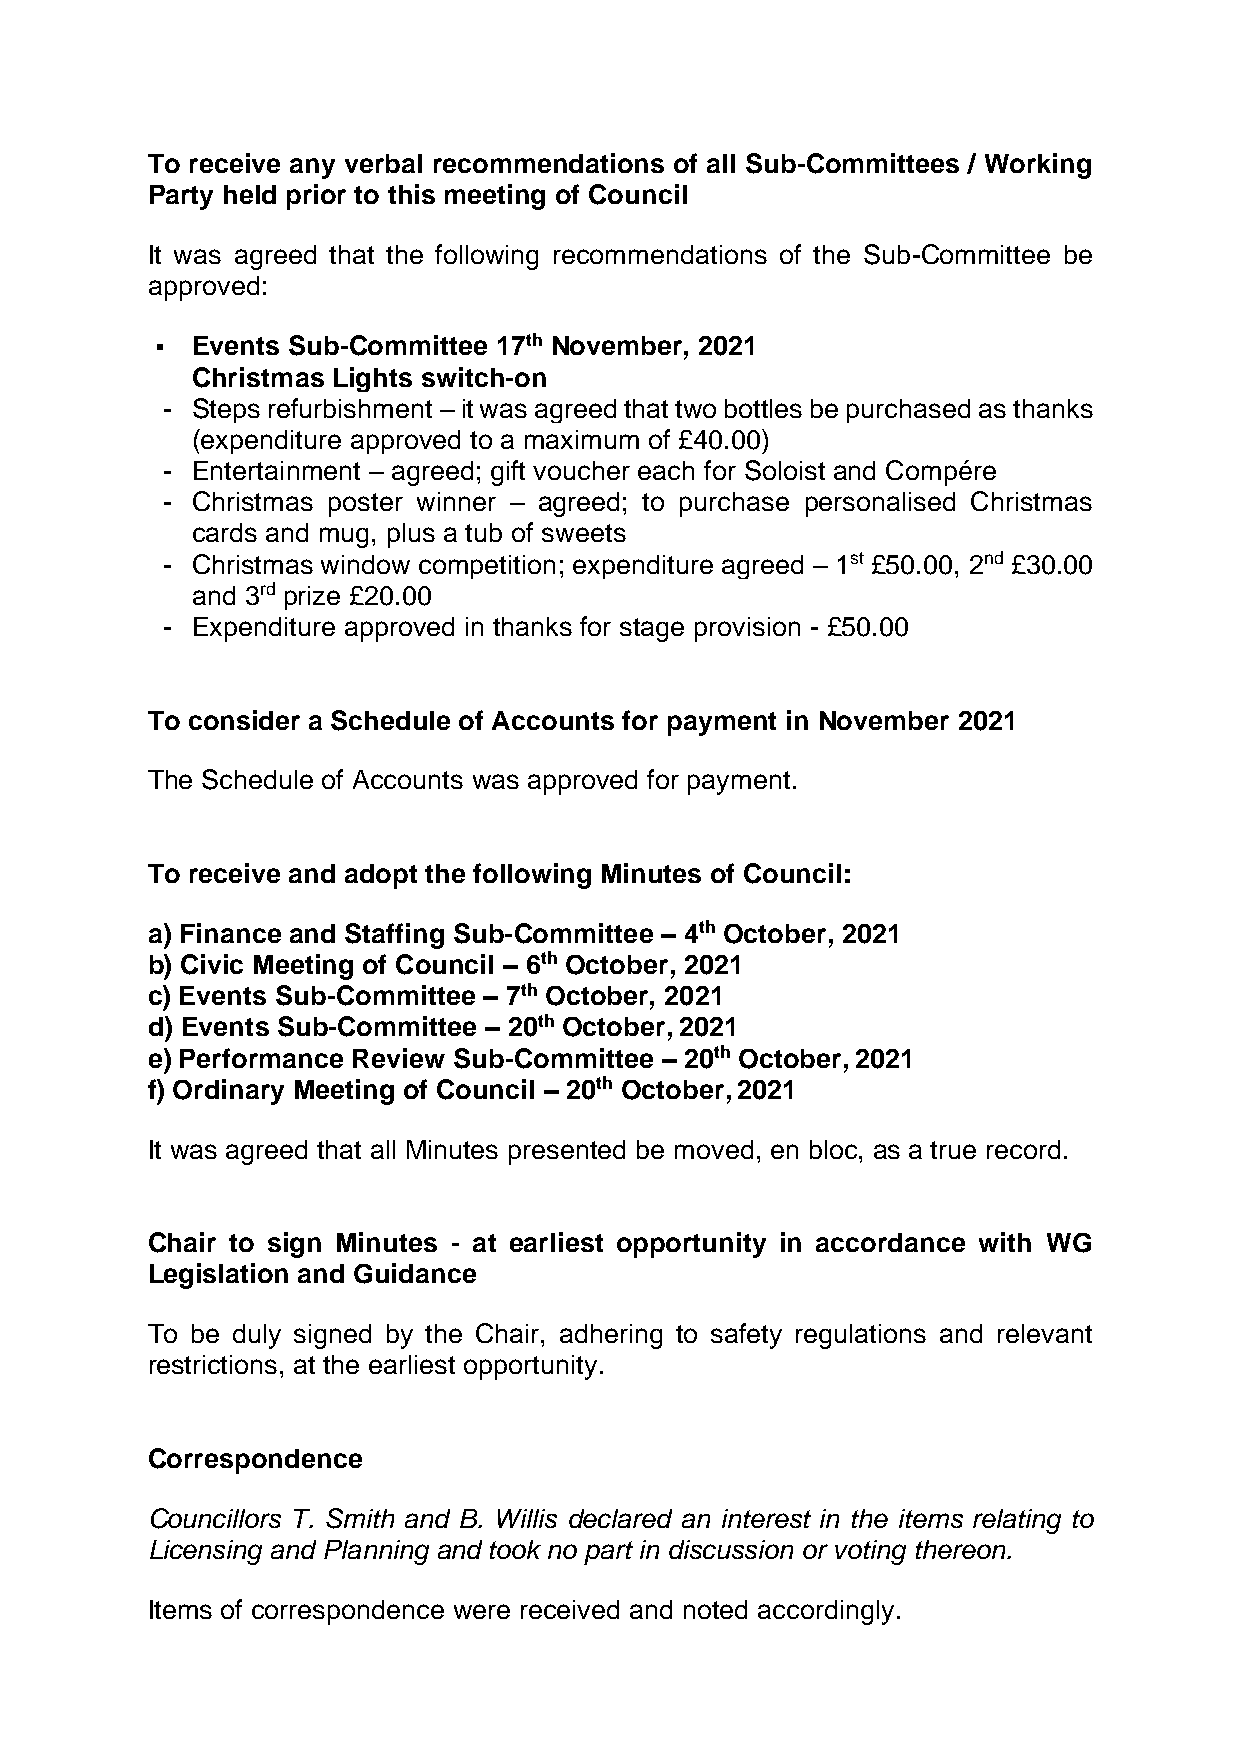
To receive any verbal recommendations of all Sub-Committees / Working
 Party held prior to this meeting of Council
 It was agreed that the following recommendations of the Sub-Committee be
 approved:
 ▪  Events Sub-Committee 17th November, 2021
 Christmas Lights switch-on
 - Steps refurbishment – it was agreed that two bottles be purchased as thanks
 (expenditure approved to a maximum of £40.00)
 - Entertainment – agreed; gift voucher each for Soloist and Compére
 - Christmas poster winner – agreed; to purchase personalised Christmas
 cards and mug, plus a tub of sweets
 - Christmas window competition; expenditure agreed – 1st £50.00, 2nd £30.00
 and 3rd prize £20.00
 - Expenditure approved in thanks for stage provision - £50.00
 To consider a Schedule of Accounts for payment in November 2021
 The Schedule of Accounts was approved for payment.
 To receive and adopt the following Minutes of Council:
 a) Finance and Staffing Sub-Committee – 4th October, 2021
 b) Civic Meeting of Council – 6th October, 2021
 c) Events Sub-Committee – 7th October, 2021
 d) Events Sub-Committee – 20th October, 2021
 e) Performance Review Sub-Committee – 20th October, 2021
 f) Ordinary Meeting of Council – 20th October, 2021
 It was agreed that all Minutes presented be moved, en bloc, as a true record.
 Chair to sign Minutes - at earliest opportunity in accordance with WG
 Legislation and Guidance
 To be duly signed by the Chair, adhering to safety regulations and relevant
 restrictions, at the earliest opportunity.
 Correspondence
 Councillors T. Smith and B. Willis declared an interest in the items relating to
 Licensing and Planning and took no part in discussion or voting thereon.
 Items of correspondence were received and noted accordingly.